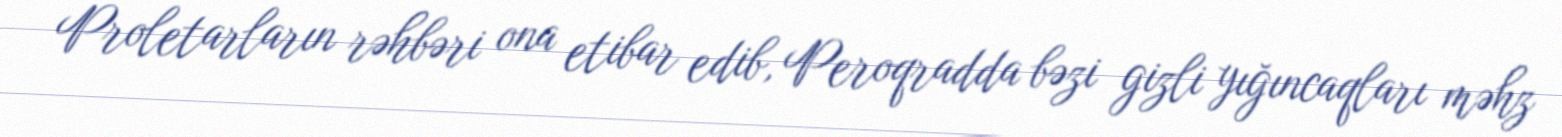
Proletarların rəhbəri ona etibar edib, Peroqradda bəzi gizli yığıncaqları məhz